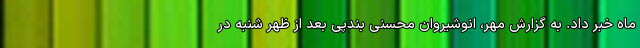
ماه خبر داد. به گزارش مهر، انوشیروان محسنی بندپی بعد از ظهر شنبه در